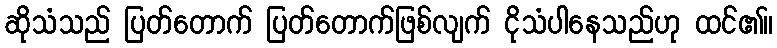
ဆိုသံသည် ပြတ်တောက် ပြတ်တောက်ဖြစ်လျက် ငိုသံပါနေသည်ဟု ထင်၏။